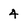
Character: 4